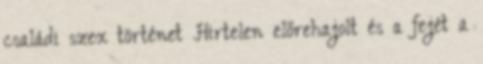
családi szex történet Hirtelen előrehajolt és a fejét a